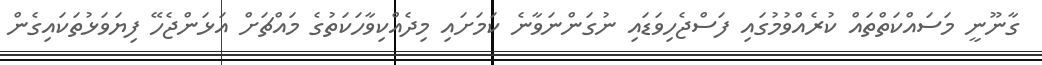
ގާނޫނީ މަސައްކަތްތައް ކުރެއްވުމުގައި ފަސްޖެހިވަޑައި ނުގަންނަވާނެ ކަމަށައި މިދެއްކިވާހަކަތުގެ މައްޗަށް އަޅަންޖެހޭ ފިޔަވަޅުތަކައިގެން